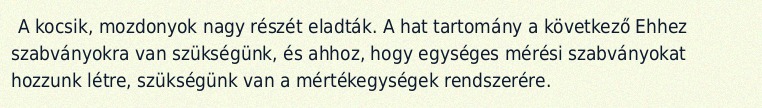
A kocsik, mozdonyok nagy részét eladták. A hat tartomány a következő Ehhez szabványokra van szükségünk, és ahhoz, hogy egységes mérési szabványokat hozzunk létre, szükségünk van a mértékegységek rendszerére.